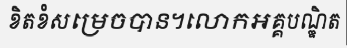
ខិតខំសម្រេចបាន។លោកអគ្គបណ្ឌិត